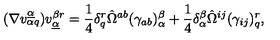
( \nabla v _ { \alpha q } ^ { \underline { \alpha } } ) v _ { \underline { \alpha } } ^ { \beta r } = { \frac { 1 } { 4 } } \delta _ { q } ^ { r } \hat { \Omega } ^ { a b } ( \gamma _ { a b } ) _ { \alpha } ^ { \beta } + { \frac { 1 } { 4 } } \delta _ { \alpha } ^ { \beta } \hat { \Omega } ^ { i j } ( \gamma _ { i j } ) _ { q } ^ { r } ,